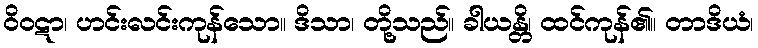
ဝိဝဋာ၊ ဟင်းလင်းကုန်သော။ ဒိသာ၊ တို့သည်။ ခါယန္တိ၊ ထင်ကုန်၏။ တာဒိယံ၊